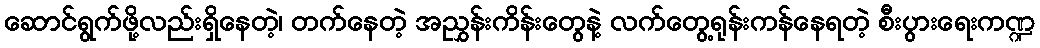
ဆောင်ရွက်ဖို့လည်းရှိနေတဲ့၊ တက်နေတဲ့ အညွှန်းကိန်းတွေနဲ့ လက်တွေ့ရုန်းကန်နေရတဲ့ စီးပွားရေးကဏ္ဍ